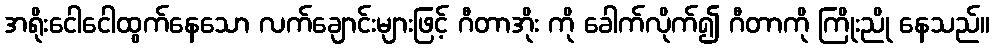
အရိုးငေါငေါထွက်နေသော လက်ချောင်းများဖြင့် ဂီတာအိုး ကို ခေါက်လိုက်၍ ဂီတာကို ကြိုးညို နေသည်။